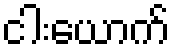
ငါးယောက်